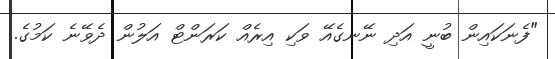
"ފެނަކައިން ބުނީ އަދި ނޭނގެއޭ ވަކި އިރެއް ކަރަންޓް އަލުން ދެވޭނެ ކަމުގެ.